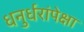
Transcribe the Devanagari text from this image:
धनुर्धरांपेक्षा